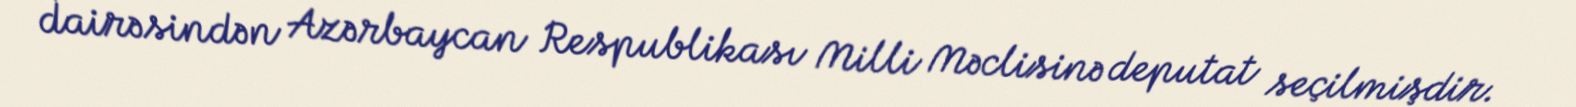
dairəsindən Azərbaycan Respublikası Milli Məclisinə deputat seçilmişdir.